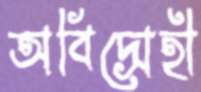
অবিদ্রোহী